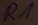
Text: R1